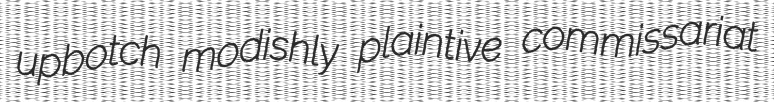
upbotch modishly plaintive commissariat